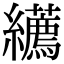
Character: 𦇩